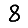
Digit: 8